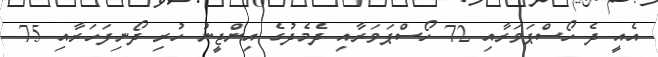
އެއީ ދެ ހޯސްޕަވަރާއި 72 ހޯސްޕަވަރާއި ދެމެދުގެ އިންޖީނު ހުރި ދޯނިފަހަރާއި 75